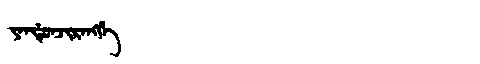
Manchu: ᠶᠠᠨᡩᡠᠨᠵᡳᡵᠠᠩᡤᡝ
Romanization: YANDUNJIRANGGE